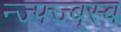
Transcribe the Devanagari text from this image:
न्ज्फ्ज्ब्स्ब